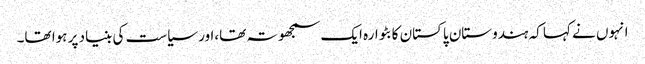
انہوں نے کہا کہ ہندوستان پاکستان کا بٹوارہ ایک سمجھوتہ تھا،اور سیاست کی بنیاد پر ہوا تھا۔